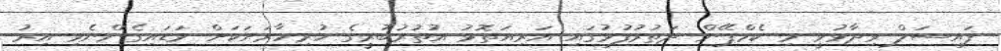
ފައިސަލް ވިދާޅުވީ މި ކެމްޕޭން ދަތުރުފުޅުގައި އަރިއަތޮޅު އުތުރުބުރީގެ ހުރިހާރަށަަކަށް ވަޑައިގެންނެވި އިރު